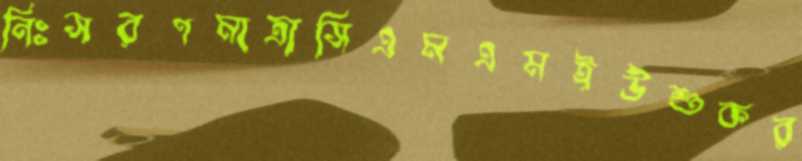
নিঃসরণমাত্রাসিএমএমইউশুকর